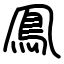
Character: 鳯